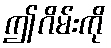
ဤဂိမ်းကို